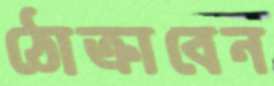
ঠোক্‌রাবেন